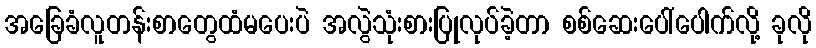
အခြေခံလူတန်းစာတွေထံမပေးပဲ အလွဲသုံးစားပြုလုပ်ခဲ့တာ စစ်ဆေးပေါ်ပေါက်လို့ ခုလို